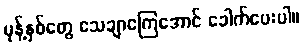
မုန့်နှစ်တွေ သေချာကြေအောင် ခေါက်ပေးပါ။